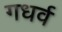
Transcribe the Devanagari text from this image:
गधर्व